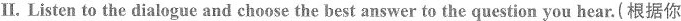
Ⅱ. Listen to the dialogue and choose the best answer to the question you hear.( 根据你